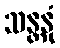
သန္တနုံ